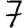
Digit: 7